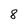
Character: 8